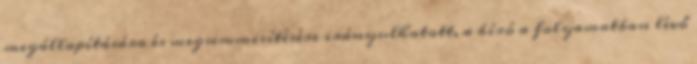
megállapítására és megsemmisítésére irányulhatott, a bíró a folyamatban lévő